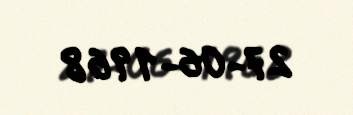
27-06-1968